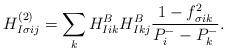
LaTeX: \begin{align*}H_{I\sigma ij}^{(2)} = \sum_k H_{Iik}^BH_{Ikj}^B\frac{1 - f_{\sigma i k}^2}{P^-_i - P^-_k} .\end{align*}